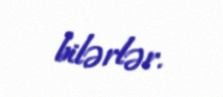
bilərlər.